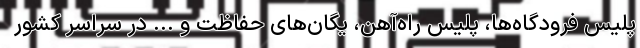
پلیس فرودگاه‌ها، پلیس راه‌آهن، یگان‌های حفاظت و ... در سراسر کشور